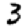
Digit: 3